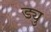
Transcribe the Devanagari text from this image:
ड्यु